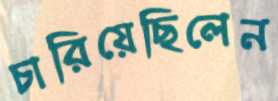
চারিয়েছিলেন